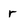
Character: r